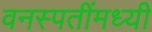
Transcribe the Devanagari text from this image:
वनस्पतींमध्यी